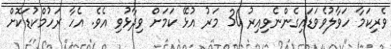
ވެރިކަމާ ހަވާލުވެވަޑައިިގެންނެވިއިރު 30 މަރު އުޅޭ ކަމަށް ވިދާޅުވި އެވެ. އެހާ ރަހުމްކުޑަކޮށް